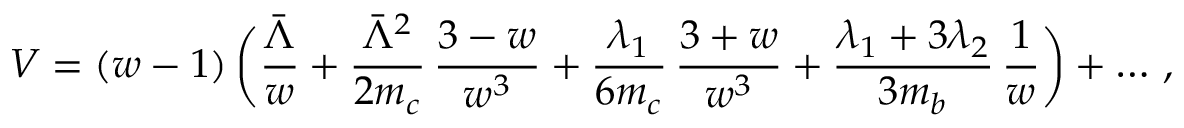
V = ( w - 1 ) \, \bigg ( { \frac { \bar { \Lambda } } { w } } + { \frac { \bar { \Lambda } ^ { 2 } } { 2 m _ { c } } } \, { \frac { 3 - w } { w ^ { 3 } } } + { \frac { \lambda _ { 1 } } { 6 m _ { c } } } \, { \frac { 3 + w } { w ^ { 3 } } } + { \frac { \lambda _ { 1 } + 3 \lambda _ { 2 } } { 3 m _ { b } } } \, { \frac { 1 } { w } } \bigg ) + \ldots \, ,